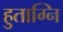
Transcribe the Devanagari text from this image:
हुताग्नि